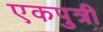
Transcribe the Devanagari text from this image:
एकपुत्री